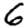
Digit: 6